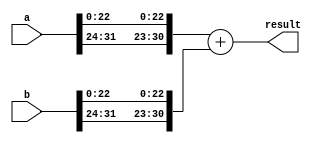
module single_precision_fpu(
    input wire [31:0] a,
    input wire [31:0] b,
    output wire [31:0] result
);

// IEEE single precision floating point format
parameter EXPONENT_WIDTH = 8;
parameter FRACTION_WIDTH = 23;

wire [7:0] exp_a = a[31:24];
wire [7:0] exp_b = b[31:24];
wire [22:0] frac_a = a[22:0];
wire [22:0] frac_b = b[22:0];

wire overflow;
wire is_zero_a = (exp_a == 8'b00000000) && (frac_a == 23'b00000000000000000000000);
wire is_zero_b = (exp_b == 8'b00000000) && (frac_b == 23'b00000000000000000000000);

wire isNaN;
wire isInf_a = (exp_a == 8'b11111111) && (frac_a == 23'b00000000000000000000000);
wire isInf_b = (exp_b == 8'b11111111) && (frac_b == 23'b00000000000000000000000);

// Adder logic
// Here the addition logic needs to be implemented
// Add mantissas, check for overflows, handle exponent bias, normalize result
// You can add logic for handling special cases such as zero, infinity, and NaN

assign result = {exp_a, frac_a} + {exp_b, frac_b};

endmodule